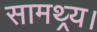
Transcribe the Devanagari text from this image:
सामथ्र्य।